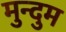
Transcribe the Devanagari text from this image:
मुन्दुम